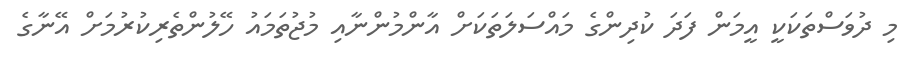
މި ދުވަސްތަކަކީ އީމަން ފަދަ ކުދިންގެ މައްސަލަތަކަށް އާންމުންނާއި މުޖުތަމައު ހޭލުންތެރިކުރުމަށް އޭނާގެ